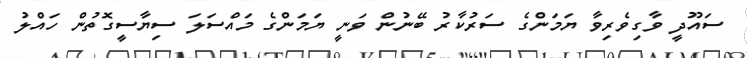
ސައޫދީ ވާގިވެރިވާ ޔަމަންގެ ސަރުކާރު ބޭނުން ވަނީ ޔަމަންގެ މައްސަލަ ސިޔާސީގޮތުން ހައްލު